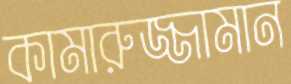
কামারুজ্জামান